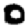
Digit: 0